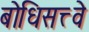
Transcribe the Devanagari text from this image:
बोधिसत्त्वे